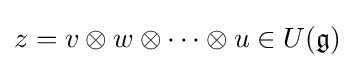
z=v\otimes w\otimes \cdots \otimes u\in U({\mathfrak {g}})